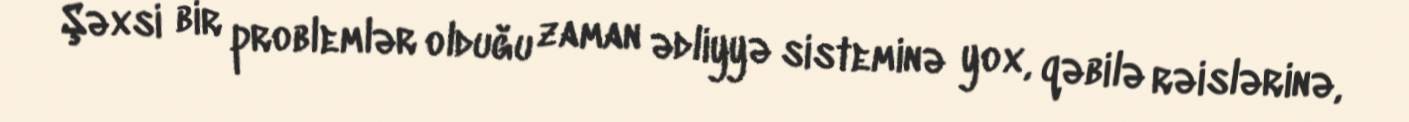
Şəxsi bir problemlər olduğu zaman ədliyyə sisteminə yox, qəbilə rəislərinə,